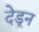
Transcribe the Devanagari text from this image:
देडून